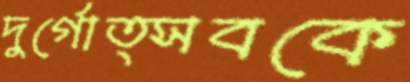
দুর্গোত্সবকে